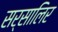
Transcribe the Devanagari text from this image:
सर्सालिर